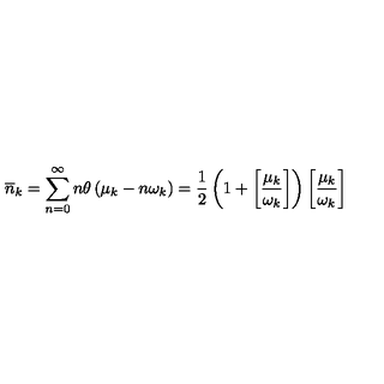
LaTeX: \overline { { n } } _ { k } = \sum _ { n = 0 } ^ { \infty } n \theta \left( \mu _ { k } - n \omega _ { k } \right) = \frac { 1 } { 2 } \left( 1 + \left[ \frac { \mu _ { k } } { \omega _ { k } } \right] \right) \left[ \frac { \mu _ { k } } { \omega _ { k } } \right] \,